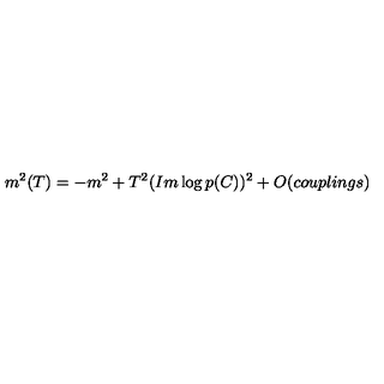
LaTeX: m ^ { 2 } ( T ) = - m ^ { 2 } + T ^ { 2 } ( I m \log p ( C ) ) ^ { 2 } + O ( c o u p l i n g s )